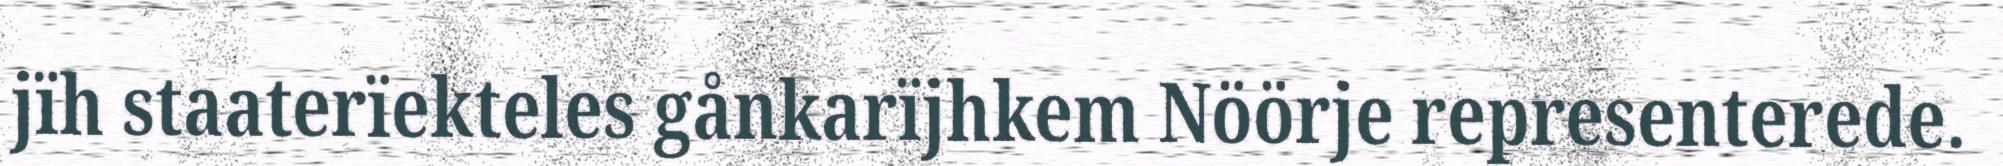
jïh staaterïekteles gånkarïjhkem Nöörje representerede.